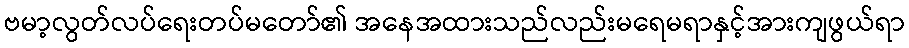
ဗမာ့လွတ်လပ်ရေးတပ်မတော်၏ အနေအထားသည်လည်းမရေမရာနှင့်အားကျဖွယ်ရာ